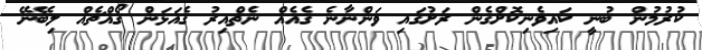
ކުރުމުން ބުނީ ކައިވެނިކޮށްގެން ރަށުގައި ވަންނާނެ ގެއެއް ނެތްއިރު ގެއަޅަން ގޯއްޗެއް ލިބޭނޭ